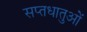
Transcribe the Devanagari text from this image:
सप्तधातुओं